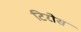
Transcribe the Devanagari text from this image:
टिरोस